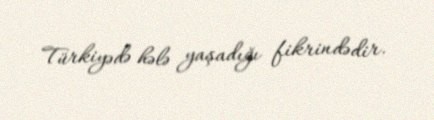
Türkiyədə hələ yaşadığı fikrindədir.